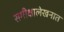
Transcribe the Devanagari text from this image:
समीक्षालेखनात